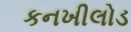
કનખીલોડ